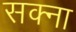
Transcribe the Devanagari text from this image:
सक्ना